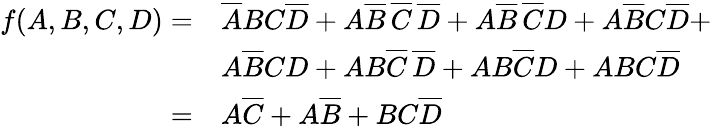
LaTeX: {\begin{array}{rl}{f(A,B,C,D)=}&{{\overline{{A}}}BC{\overline{{D}}}+A{\overline{{B}}}\, {\overline{{C}}}\, {\overline{{D}}}+A{\overline{{B}}}\, {\overline{{C}}}D+A{\overline{{B}}}C{\overline{{D}}}+}\\ &{A{\overline{{B}}}CD+AB{\overline{{C}}}\, {\overline{{D}}}+AB{\overline{{C}}}D+ABC{\overline{{D}}}}\\ {=}&{A{\overline{{C}}}+A{\overline{{B}}}+BC{\overline{{D}}}}\end{array}}